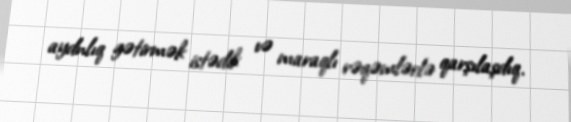
aydnlıq gətirmək istədik və maraqlı rəqəmlərlə qarşılaşdıq.